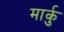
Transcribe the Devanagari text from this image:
मार्कु